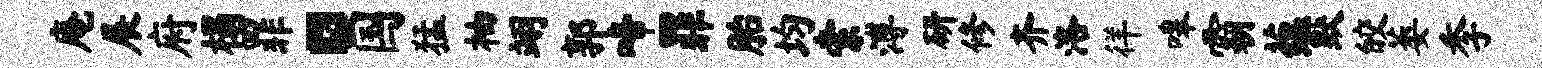
庵展府榻罪。国猛柚翊郭啼罪胎均索溥研修齐洛徉嗥霸蕴默皎萎季